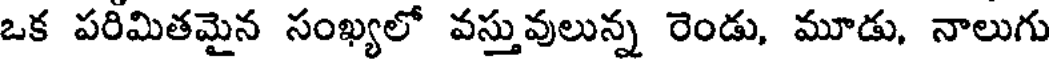
ఒక పరిమితమైన సంఖ్యలో వస్తువులున్న రెండు, మూడు, నాలుగు